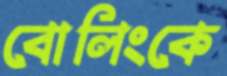
বোলিংকে